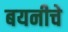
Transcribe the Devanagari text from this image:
बयनीचे